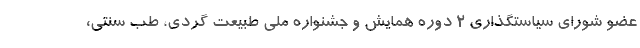
عضو شورای سیاستگذاری 2 دوره همایش و جشنواره ملی طبیعت گردی، طب سنتی،